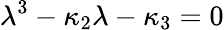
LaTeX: \lambda^{3}-\kappa_{2}\lambda-\kappa_{3}=0